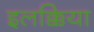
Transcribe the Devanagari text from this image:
इलक्किया